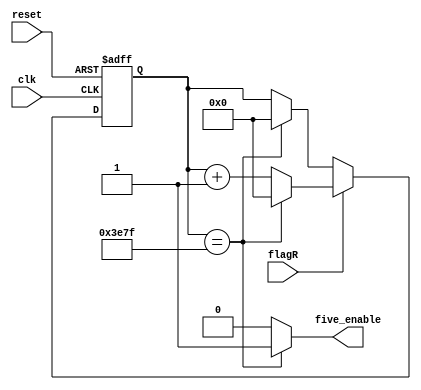
//Counter counting five times we want to dislay the same line 96*5=480
//count 16000 cycles , R=1536000cycles/96=16000 for each Vpixel 
//Author Tselepi Eleni 

module five_counter(clk,reset,flagR,five_enable);

input clk,reset;
input flagR;

output reg five_enable; //the output signal that 16000 cycles have passed

reg [13:0] counter; //14bit counter 2^14=16384 counting until 16000=3200*5


always@(posedge clk or posedge reset)
begin

  if(reset)
  begin
    counter<='d0;
  end
  else if (flagR)
  begin
    counter<=(counter=='d15999)?'d0:counter+1;
  end
  else
  begin
    counter<=(counter=='d15999)?'d0:counter;
  end

end

//when counter is 15999 sent a five enable in order vpixel++
always@(counter)
begin
 if(counter=='d15999)
 begin
  five_enable=1'b1;
 end
 else
  five_enable=1'b0;
end


endmodule